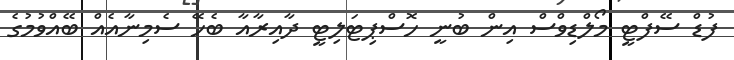
ފުޑް ސޭފްޓީ މޯލްޑިވްސް އިން ބުނީ ހޮސްޕިޓަލިޓީ ދާއިރާއާ ބެހޭ ސެމިނާއެއް ބޭއްވުމުގެ